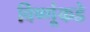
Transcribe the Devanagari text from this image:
विष्णूंकडे